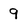
Character: 9